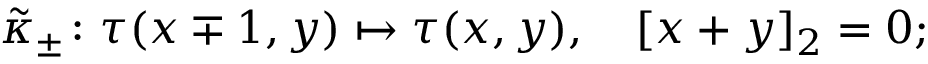
\tilde { \kappa } _ { \pm } \colon \tau ( x \mp 1 , y ) \mapsto \tau ( x , y ) , \quad [ x + y ] _ { 2 } = 0 ;